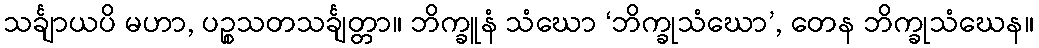
သင်္ချာယပိ မဟာ, ပဉ္စသတသင်္ချတ္တာ။ ဘိက္ခူနံ သံဃော ‘ဘိက္ခုသံဃော’, တေန ဘိက္ခုသံဃေန။